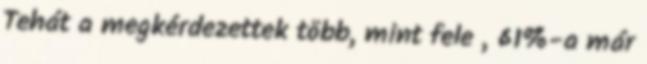
Tehát a megkérdezettek több, mint fele , 61%-a már